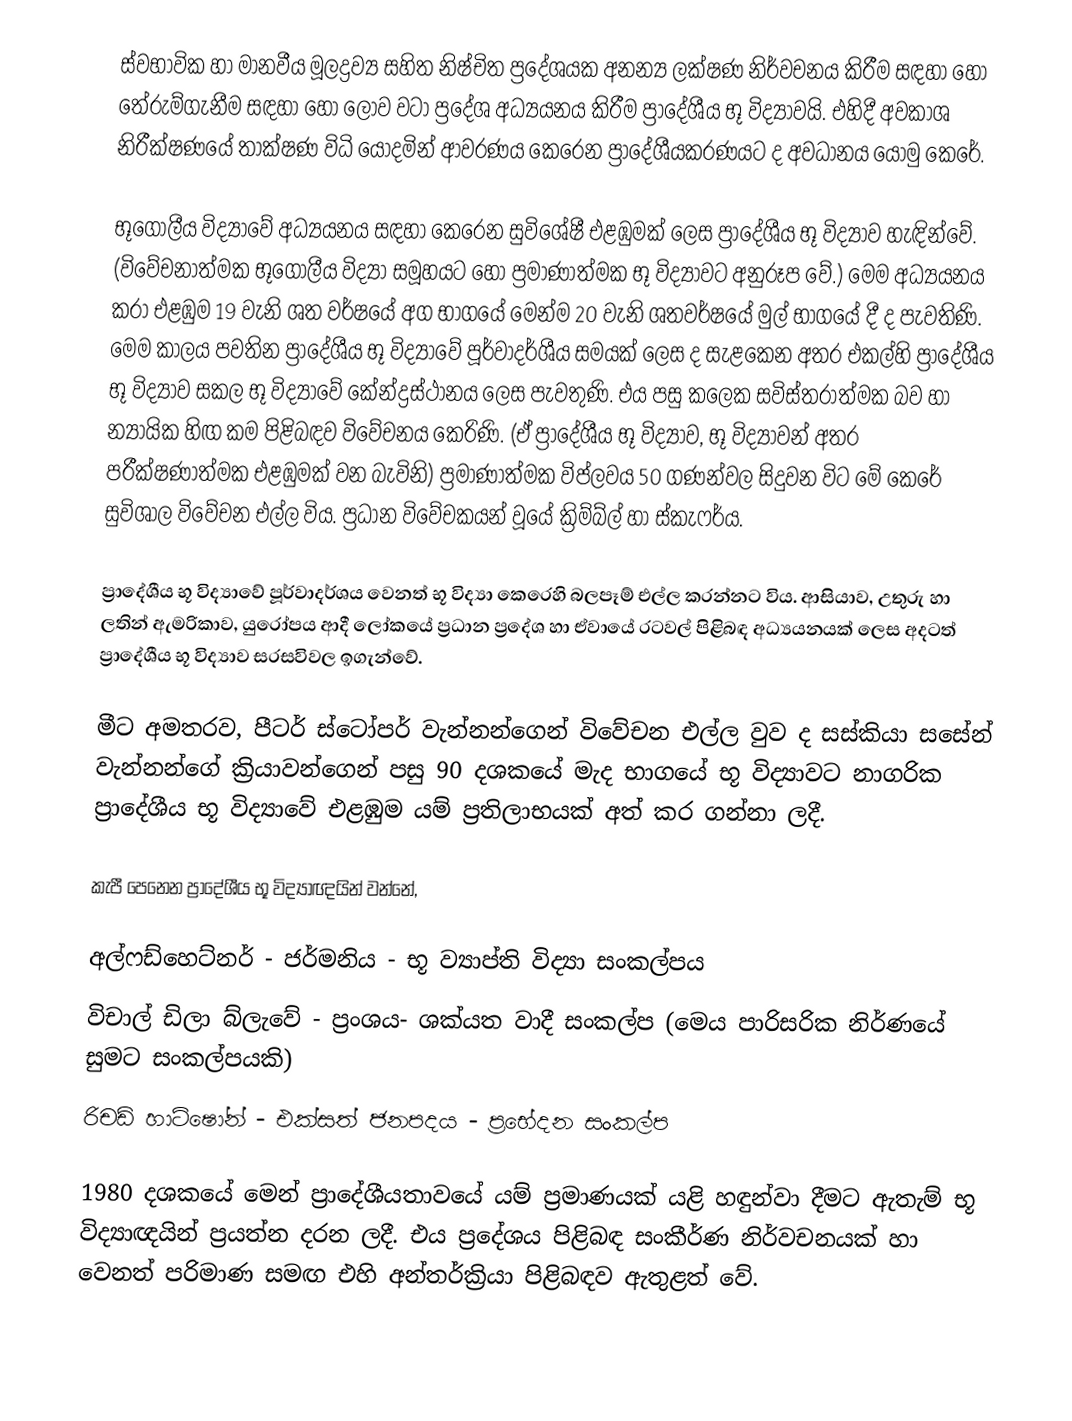
ස්වභාවික හා මානවීය මූලද්‍රව්‍ය සහිත නිෂ්චිත ප්‍රදේශයක අනන්‍ය ලක්ෂණ නිර්වචනය කිරීම සඳහා හෝ තේරුම්ගැනීම සඳහා හෝ ලොව වටා ප්‍රදේශ අධ්‍යයනය කිරීම ප්‍රාදේශීය භූ විද්‍යාවයි. එහිදී අවකාශ නිරීක්ෂණයේ තාක්ෂණ විධි යොදමින් ආවරණය කෙරෙන ප්‍රාදේශීයකරණයට ද අවධානය යොමු කෙරේ.

භූගෝලීය විද්‍යාවේ අධ්‍යයනය සඳහා කෙරෙන සුවිශේෂී එළඹුමක් ලෙස ප්‍රාදේශීය භූ විද්‍යාව හැඳින්වේ. (විවේචනාත්මක භූගෝලීය විද්‍යා සමූහයට හෝ ප්‍රමාණාත්මක භූ විද්‍යාවට අනුරූප වේ.) මෙම අධ්‍යයනය කරා එළඹුම 19 වැනි ශත වර්ෂයේ අග භාගයේ මෙන්ම 20 වැනි ශතවර්ෂයේ මුල් භාගයේ දී ද පැවතිණි. මෙම කාලය පවතින ප්‍රාදේශීය භූ විද්‍යාවේ පූර්වාදර්ශීය සමයක් ලෙස ද සැළකෙන අතර එකල්හි ප්‍රාදේශීය භූ විද්‍යාව සකල භූ විද්‍යාවේ කේන්ද්‍රස්ථානය ලෙස පැවතුණි. එය පසු කලෙක සවිස්තරාත්මක බව හා න්‍යායික හිඟ කම පිළිබඳව විවේචනය කෙරිණි. (ඒ ප්‍රාදේශීය භූ විද්‍යාව, භූ විද්‍යාවන් අතර පරීක්ෂණාත්මක එළඹුමක් වන බැවිනි) ප්‍රමාණාත්මක විප්ලවය 50 ගණන්වල සිදුවන විට මේ කෙරේ සුවිශාල විවේචන එල්ල විය. ප්‍රධාන විවේචකයන් වූයේ ක්‍රිම්බ්ල් හා ස්කැෆර්ය.

ප්‍රාදේශීය භූ විද්‍යාවේ පූර්වාදර්ශය වෙනත් භූ විද්‍යා කෙරෙහි බලපෑම් එල්ල කරන්නට විය. ආසියාව, උතුරු හා ලතින් ඇමරිකාව, යුරෝපය ආදී ලෝකයේ ප්‍රධාන ප්‍රදේශ හා ඒවායේ රටවල් පිළිබඳ අධ්‍යයනයක් ලෙස අදටත් ප්‍රාදේශීය භූ විද්‍යාව සරසවිවල ඉගැන්වේ.

මීට අමතරව, පීටර් ස්ටෝපර් වැන්නන්ගෙන් විවේචන එල්ල වුව ද සස්කියා සසේන් වැන්නන්ගේ ක්‍රියාවන්ගෙන් පසු 90 දශකයේ මැද භාගයේ භූ විද්‍යාවට නාගරික ප්‍රාදේශීය භූ විද්‍යාවේ එළඹුම යම් ප්‍රතිලාභයක් අත් කර ගන්නා ලදී.

කැපී පෙනෙන ප්‍රාදේශීය භූ විද්‍යාඥයින් වන්නේ,

 අල්ෆඩ්හෙට්නර් - ජර්මනිය - භූ ව්‍යාප්ති විද්‍යා සංකල්පය
 විචාල් ඩිලා බ්ලැවේ - ප්‍රංශය- ශක්යත වාදී සංකල්ප (මෙය පාරිසරික නිර්ණයේ සුමට සංකල්පයකි)
 රිචඩ් හාට්ෂෝන් - එක්සත් ජනපදය - ප්‍රභේදන සංකල්ප

1980 දශකයේ මෙන් ප්‍රාදේශීයතාවයේ යම් ප්‍රමාණයක් යළි හඳුන්වා දීමට ඇතැම් භූ විද්‍යාඥයින් ප්‍රයත්න දරන ලදී. එය ප්‍රදේශය පිළිබඳ සංකීර්ණ නිර්වචනයක් හා වෙනත් පරිමාණ සමඟ එහි අන්තර්ක්‍රියා පිළිබඳව ඇතුළත් වේ.